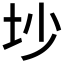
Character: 𱖊